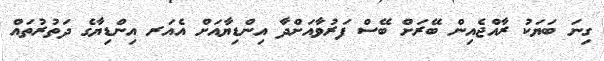
ގިނަ ބަޔަކު ރާއްޖެއިން ބޭރަށް ބޭސް ފަރުވާއަށްދާ އިންޑިޔާއަށް އެއަރ އިންޑިޔާގެ ދަތުރުތައް